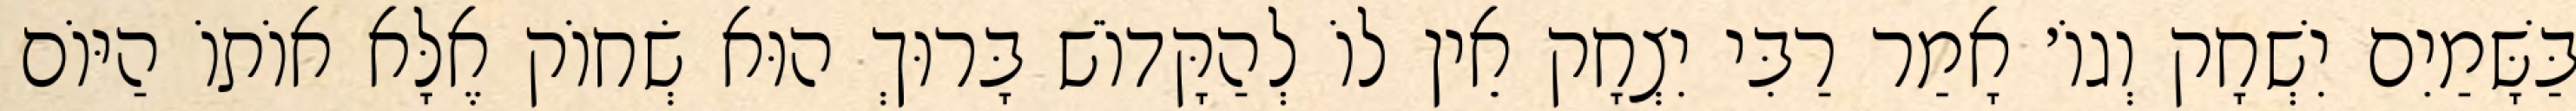
בַּשָּׁמַיִם יִשְׁחָק וְגוֹ׳ אָמַר רַבִּי יִצְחָק אֵין לוֹ לְהַקָּדוֹשׁ בָּרוּךְ הוּא שְׂחוֹק אֶלָּא אוֹתוֹ הַיּוֹם